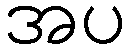
အပ